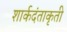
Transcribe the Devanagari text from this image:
शार्कदंताकृती